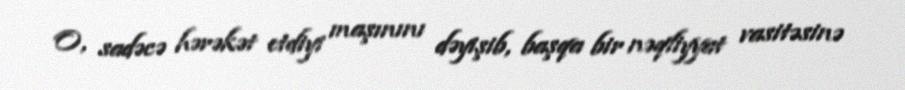
O, sadəcə hərəkət etdiyi maşınını dəyişib, başqa bir nəqliyyat vasitəsinə